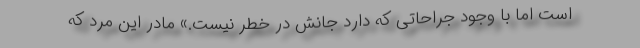
است اما با وجود جراحاتی که دارد جانش در خطر نیست.» مادر این مرد که